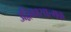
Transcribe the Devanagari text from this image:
उद्विकासात्मक